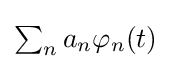
{\textstyle \sum _{n}a_{n}\varphi _{n}(t)}